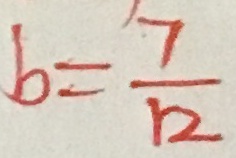
b = \frac { 7 } { 1 2 }